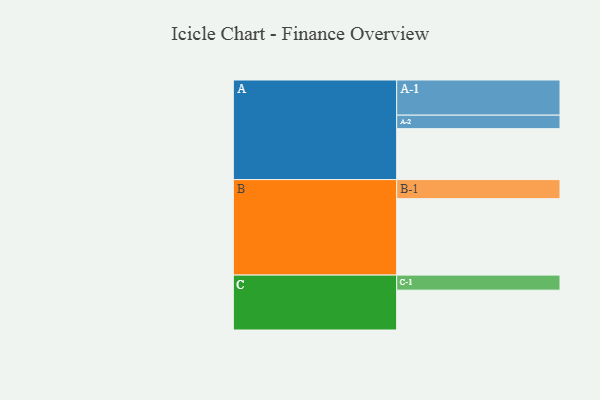
{"axis": {"x": "Segment", "y": "Value"}, "legend": ["", "A", "B", "C"], "data": [{"x": "A", "y": 400, "type": ""}, {"x": "B", "y": 600, "type": ""}, {"x": "C", "y": 313, "type": ""}, {"x": "A-1", "y": 276, "type": "A"}, {"x": "A-2", "y": 106, "type": "A"}, {"x": "B-1", "y": 150, "type": "B"}, {"x": "C-1", "y": 118, "type": "C"}]}